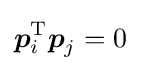
{\boldsymbol {p}}_{i}^{\mathrm {T} }{\boldsymbol {p}}_{j}=0